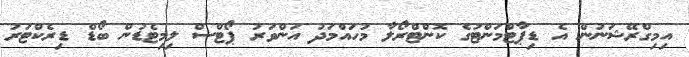
އިމިގްރޭޝަނުން އެ ޑިޕާޓްމަންޓުގެ ކޮންޓްރޯލާ މުހައްމަދު އަންވަރު ޕޯޓްސް ލިމިޓެޑުން ބޯޑް ޑިރެކްޓަރު